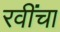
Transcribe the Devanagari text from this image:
रवींचा